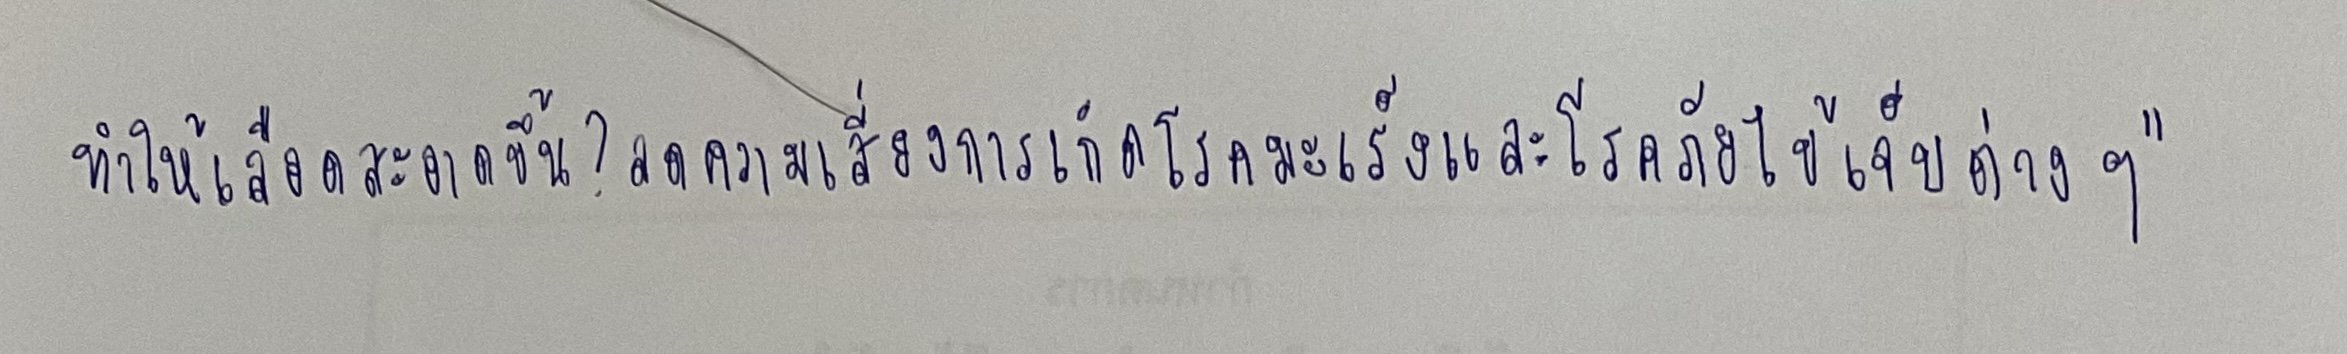
ทำให้เลือดสะอาดขึ้น?ลดความเสี่ยงการเกิดโรคมะเร็งและโรคภัยไข้เจ็บต่างๆ"